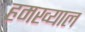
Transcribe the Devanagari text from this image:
हमख्याल